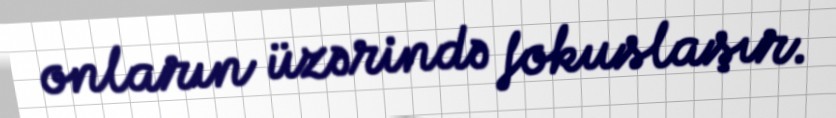
onların üzərində fokuslaşır.